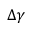
\Delta \gamma